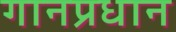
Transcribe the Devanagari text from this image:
गानप्रधान